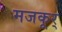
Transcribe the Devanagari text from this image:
मजकूर्